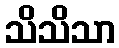
သိသိသာ